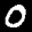
Label: 0